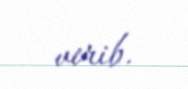
verib.